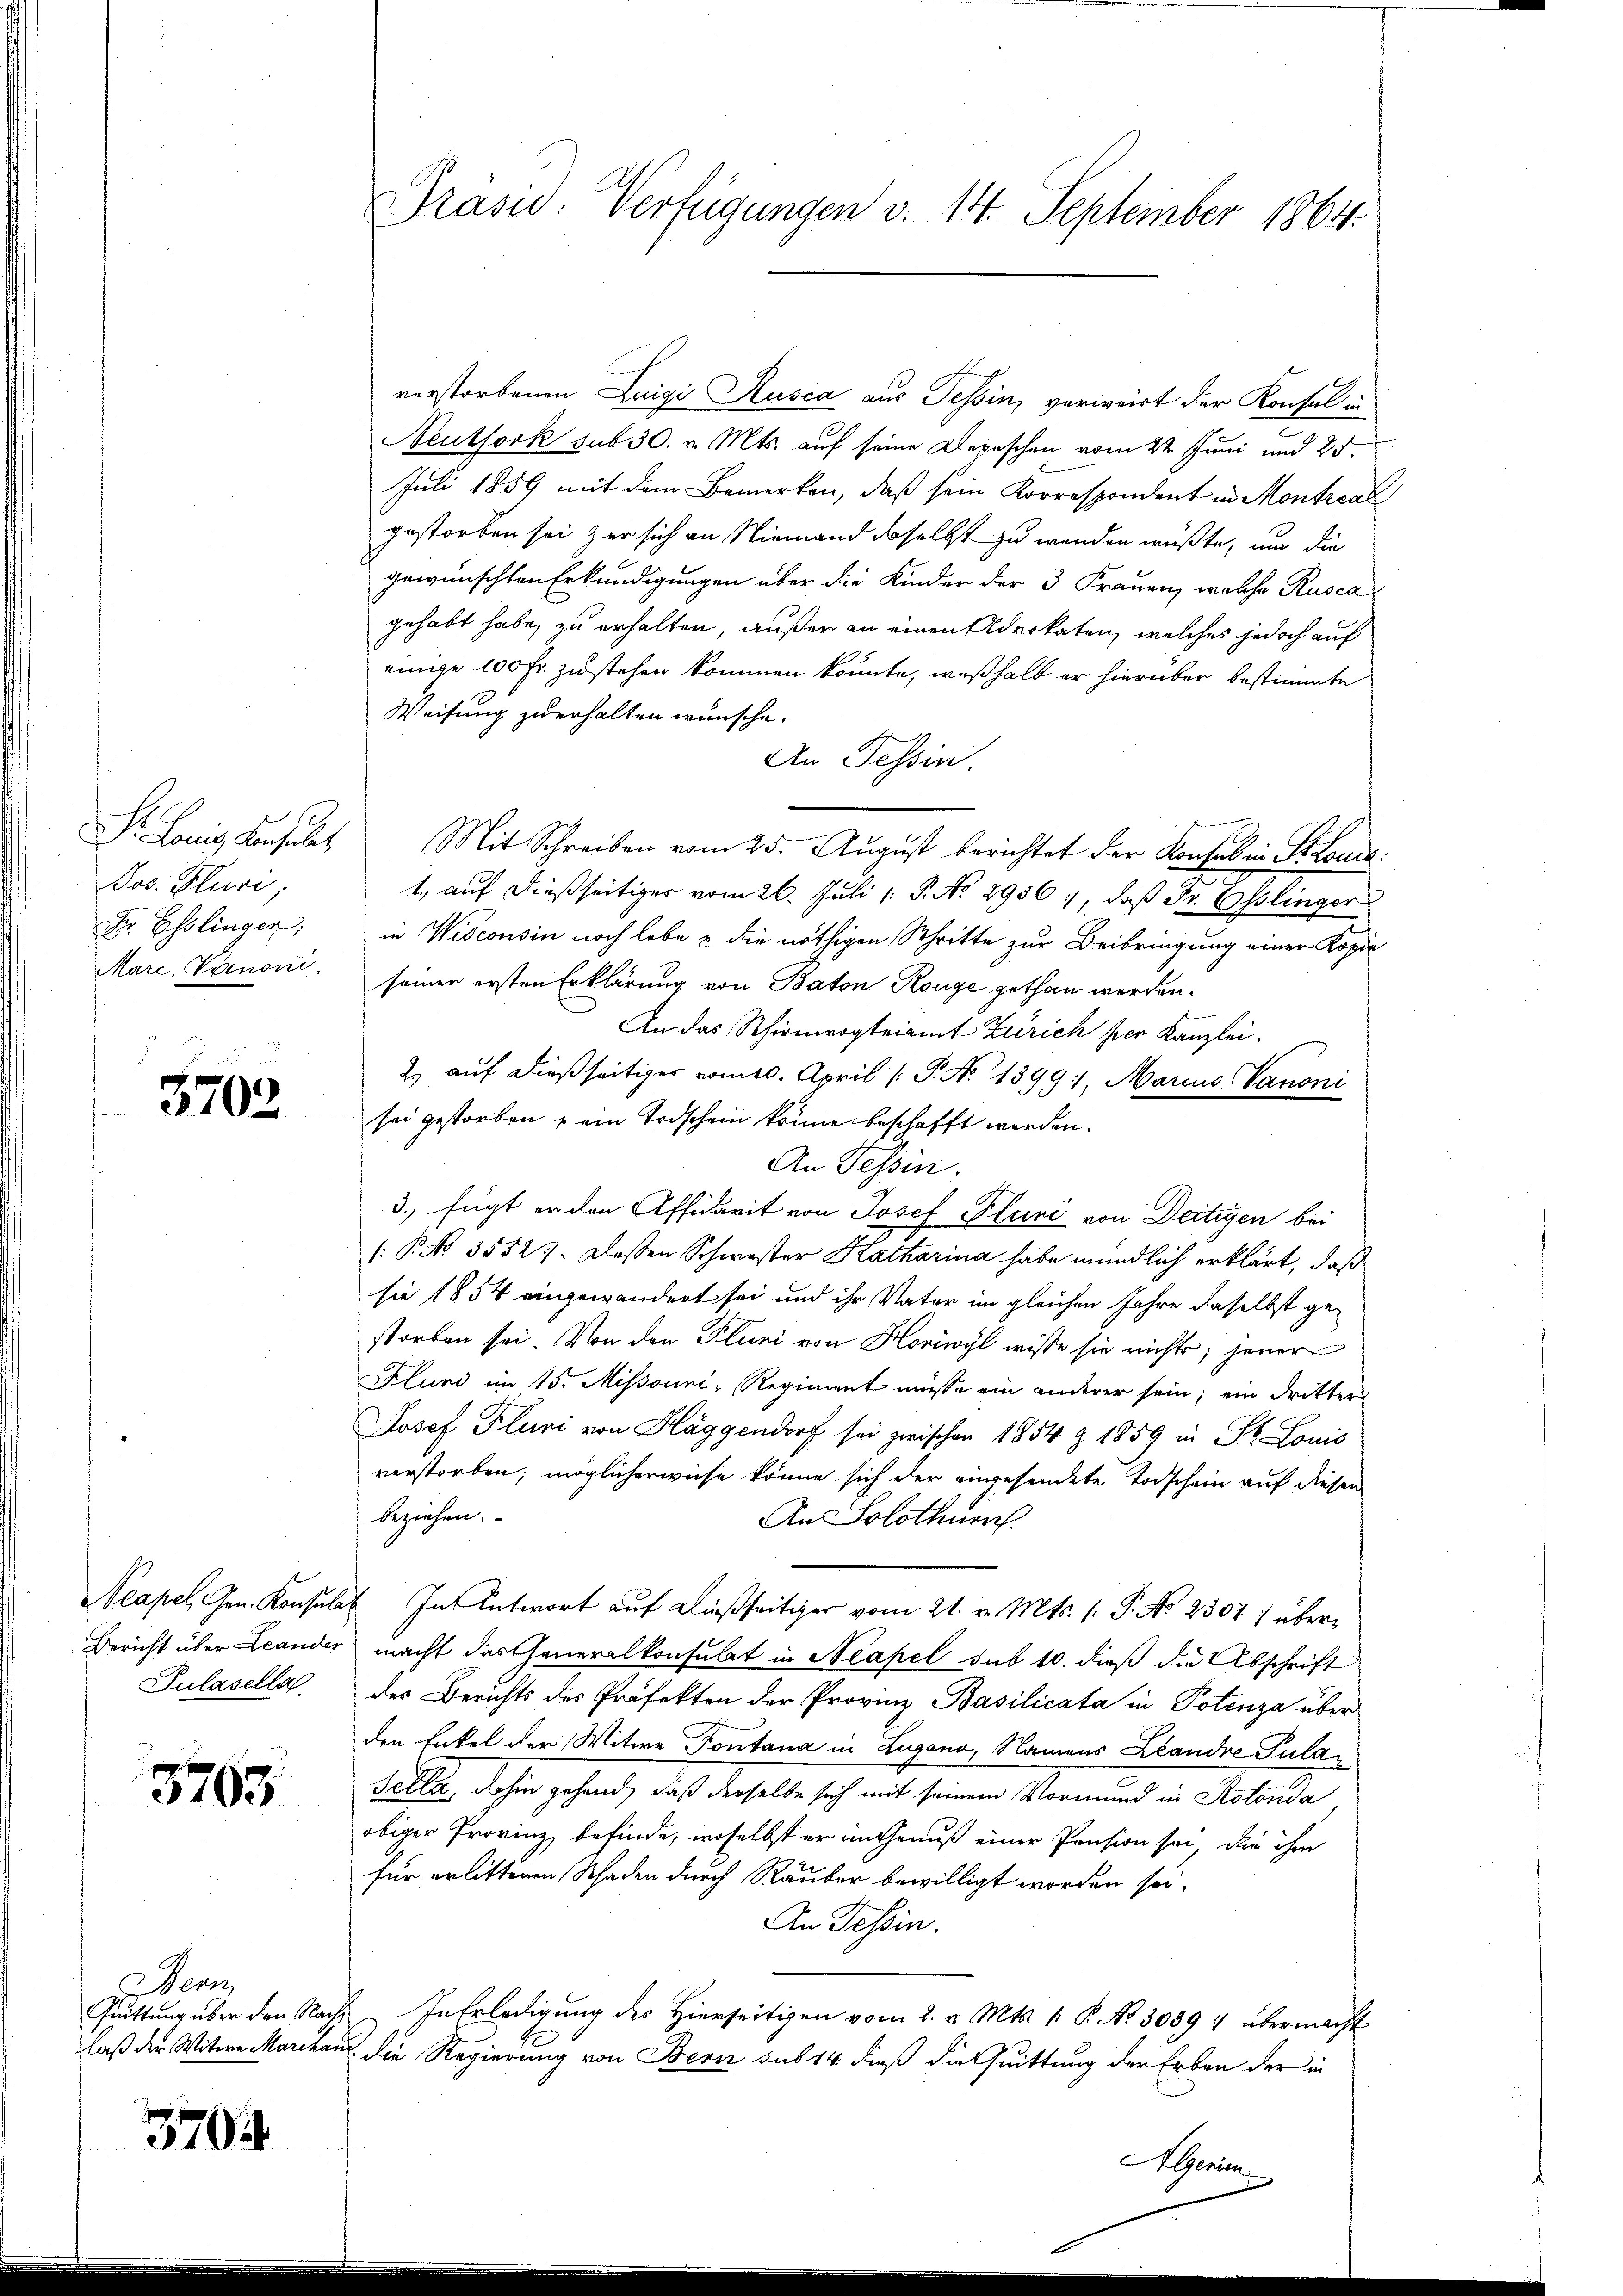
S. Honig Result
Jos. Pluri,
Dr. Esslinger;
Mare, Vanoni.

3702

Pulasella

3765

enz
Grüttung über den Ralaß der Witwe March

3704

verstorbenen Luigi Kusca aus Tessin, verweist der Konsul in
Neuthork sub 30. v. Mts. auf seine Depeschen vom 22 Juni und 25.
Juli 1859 mit dem Bemerken, daß sein Korrespondent in Montroal
gestorben sei zur sich an Niemand desselbst zu wenden wüßte, und die
gewünschten Erkundigungen über die Kinder der 3 Frauen, welche Rusca
gehabt habe, zu erhalten, außer an einen Advokaten, welches jedoch auf
einige 100 Fr. zustehen kommen könnte, weßhalb er hierüber bestimmte
Weisung zu erhalten wünsche.
An Tessin.
Mit Schreiben vom 25. Aŭgŭst berichtet der Konsulein Steue
1., auf dießseitiger vom 26. Juli 1. P. No. 2956, daß Sr. Esslinger
in Wisconsin noch lebe & die nöthigen Schritte zur Beibringung einer Kopie
seiner ersten Erklärung von Baton, Reuge gethan werden.
An das Schirmergteiamt Zürich per Kanzlei.
2) auf dießseitiges vom 6. April ( P. No 13991, Marcus Canoni
sei gestorben & ein Todschein könne beschafft werden.
An Tessin.
3., fügt er den Affidarit von Josef Pluri von Deitigen bei
(P No 35527. Dessen Schwester Katharina habe mündlich erklärt, daß
sie 1854 eingewandert sei und ihr Vater im gleichen Jahre daselbst gestorben sei. Von den Pluni von Horiwyl wisse sie nichts, jener
Fluni im 15. Missouni, Regiment müsse ein anderer sein; ein Dritters
Josef Pluri von Häggendorf sei zwischen 1854 Z 1859 in Dr. Louis
verstorben, möglicherweise könne sich der eingesendete Todschein auf diesem
beziehen.
Aus Solothurn
Neapel Gen. Konsulat In Antwort auf dießseitiger vom 21. v. Mts. 1. P. No 2301) über¬
Bericht über Leander macht das Generalkonsulat in Neapel sub 10. dieß die Abschrift
des Berichts des Präfekten der Provin Basilicata in Potenza über
den Enkel der Witwe Pontana in Lugano, Namens Landre Pula¬
Felle, dahin gehand, daß derselbe sich mit seinem Vormund in Kolonda
obiger Provinz befinde, woselbst er im Genuß einer Pension sei, die ihm
für erlittenen Schaden durch Rauber bewilligt worden sei.
An Tessin.
E. In Erledigung des Hierseitigen vom 2. v. Mts. 1. P. No 3039 4 übermacht
in die Regierung von Bern sub 14 dieß die Quittung der Erben der in
AGenien

Präsid. Verfügungen v. 14. September 1864.